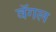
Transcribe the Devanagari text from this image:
वॅगल